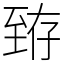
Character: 臶